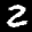
Label: 2